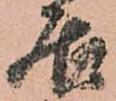
居